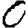
Digit: 0